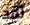
لقد